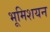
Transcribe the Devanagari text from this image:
भूमिशयन